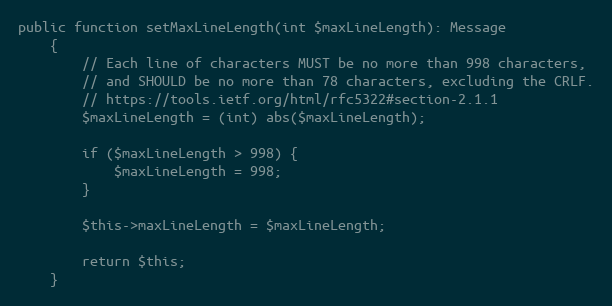
Language: PHP
public function setMaxLineLength(int $maxLineLength): Message
    {
        // Each line of characters MUST be no more than 998 characters,
        // and SHOULD be no more than 78 characters, excluding the CRLF.
        // https://tools.ietf.org/html/rfc5322#section-2.1.1
        $maxLineLength = (int) abs($maxLineLength);

        if ($maxLineLength > 998) {
            $maxLineLength = 998;
        }

        $this->maxLineLength = $maxLineLength;

        return $this;
    }